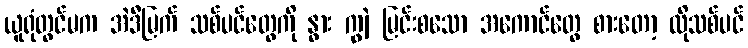
ယူရုံတွင်မက အဲဒီမြက် သစ်ပင်တွေကို နွား ကျွဲ မြင်းစသော အကောင်တွေ စားတော့ ထိုသစ်ပင်